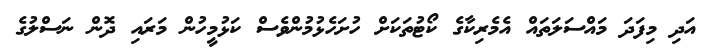
އަދި މިފަދަ މައްސަލަތައް އެމެރިކާގެ ކޯޓުތަކަށް ހުށަހެޅުމުންވެސް ކަޅުމީހުން މަރައި ދޮން ނަސްލުގެ